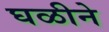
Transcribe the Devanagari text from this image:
घळीने